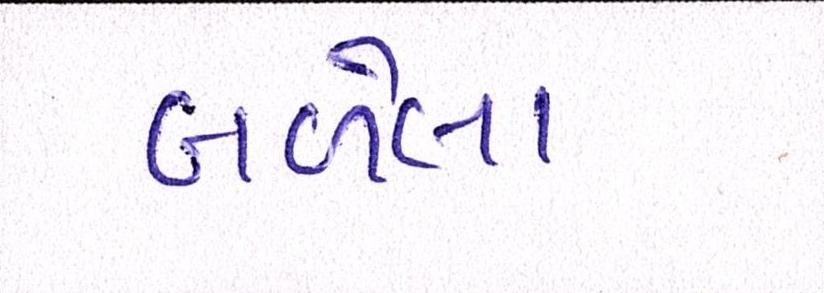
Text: બળેલા